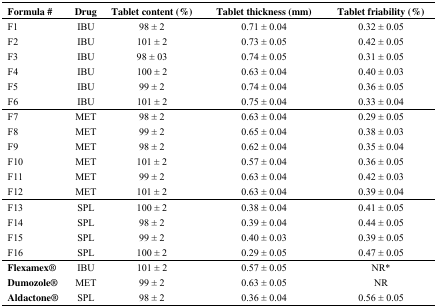
<table><thead><tr><td><b>Formula #</b></td><td><b>Drug</b></td><td><b>Tablet content (%)</b></td><td><b>Tablet thickness (mm)</b></td><td><b>Tablet friability (%)</b></td></tr></thead><tbody><tr><td>F1</td><td>IBU</td><td>98 ± 2</td><td>0.71 ± 0.04</td><td>0.32 ± 0.05</td></tr><tr><td>F2</td><td>IBU</td><td>101 ± 2</td><td>0.73 ± 0.05</td><td>0.42 ± 0.05</td></tr><tr><td>F3</td><td>IBU</td><td>98 ± 03</td><td>0.74 ± 0.05</td><td>0.31 ± 0.05</td></tr><tr><td>F4</td><td>IBU</td><td>100 ± 2</td><td>0.63 ± 0.04</td><td>0.40 ± 0.03</td></tr><tr><td>F5</td><td>IBU</td><td>99 ± 2</td><td>0.74 ± 0.04</td><td>0.36 ± 0.05</td></tr><tr><td>F6</td><td>IBU</td><td>101 ± 2</td><td>0.75 ± 0.04</td><td>0.33 ± 0.04</td></tr><tr><td>F7</td><td>MET</td><td>98 ± 2</td><td>0.63 ± 0.04</td><td>0.29 ± 0.05</td></tr><tr><td>F8</td><td>MET</td><td>99 ± 2</td><td>0.65 ± 0.04</td><td>0.38 ± 0.03</td></tr><tr><td>F9</td><td>MET</td><td>98 ± 2</td><td>0.62 ± 0.04</td><td>0.35 ± 0.04</td></tr><tr><td>F10</td><td>MET</td><td>101 ± 2</td><td>0.57 ± 0.04</td><td>0.36 ± 0.05</td></tr><tr><td>F11</td><td>MET</td><td>99 ± 2</td><td>0.63 ± 0.04</td><td>0.42 ± 0.03</td></tr><tr><td>F12</td><td>MET</td><td>101 ± 2</td><td>0.63 ± 0.04</td><td>0.39 ± 0.04</td></tr><tr><td>F13</td><td>SPL</td><td>100 ± 2</td><td>0.38 ± 0.04</td><td>0.41 ± 0.05</td></tr><tr><td>F14</td><td>SPL</td><td>98 ± 2</td><td>0.39 ± 0.04</td><td>0.44 ± 0.05</td></tr><tr><td>F15</td><td>SPL</td><td>99 ± 2</td><td>0.40 ± 0.03</td><td>0.39 ± 0.05</td></tr><tr><td>F16</td><td>SPL</td><td>100 ± 2</td><td>0.29 ± 0.05</td><td>0.47 ± 0.05</td></tr><tr><td><b>Flexamex®</b></td><td>IBU</td><td>101 ± 2</td><td>0.57 ± 0.05</td><td>NR*</td></tr><tr><td><b>Dumozole®</b></td><td>MET</td><td>99 ± 2</td><td>0.63 ± 0.05</td><td>NR</td></tr><tr><td><b>Aldactone®</b></td><td>SPL</td><td>98 ± 2</td><td>0.36 ± 0.04</td><td>0.56 ± 0.05</td></tr></tbody></table>